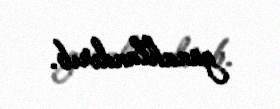
günahlandırıb.